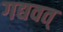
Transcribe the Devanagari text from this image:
गद्यवत्